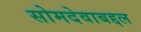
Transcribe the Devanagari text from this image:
सोमदेवाबद्दल